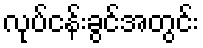
လုပ်ငန်းခွင်အတွင်း